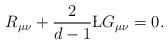
LaTeX: \begin{align*}R_{\mu\nu} + {2 \over d-1} \L G_{\mu\nu}=0.\end{align*}